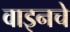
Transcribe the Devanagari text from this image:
वाइनचे